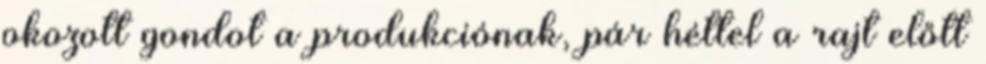
okozott gondot a produkciónak, pár héttel a rajt előtt